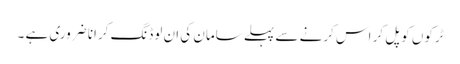
ٹرکوں کو پل کر اس کرنے سے پہلے سامان کی ان لوڈنگ کرانا ضروری ہے ۔